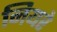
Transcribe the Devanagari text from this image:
नियरे